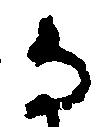
な